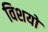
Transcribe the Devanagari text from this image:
विशयो